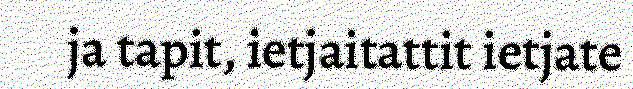
ja tapit, ietjaitattit ietjate